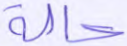
حالة